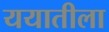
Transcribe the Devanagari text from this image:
ययातीला